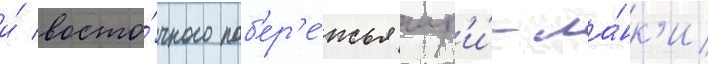
и́ восто́чного поб'ер'е́жья шр'и́-ла́нк'и